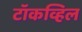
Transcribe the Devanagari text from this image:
टॉकव्हिल